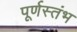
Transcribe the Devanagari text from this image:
पूर्णस्तंभ